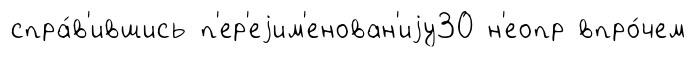
спра́в'ившись п'ер'еjим'енован'иjу30 н'еопр впро́чем